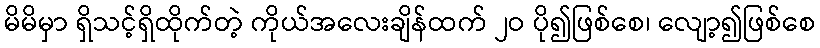
မိမိမှာ ရှိသင့်ရှိထိုက်တဲ့ ကိုယ်အလေးချိန်ထက် ၂ဝ ပို၍ဖြစ်စေ၊ လျော့၍ဖြစ်စေ